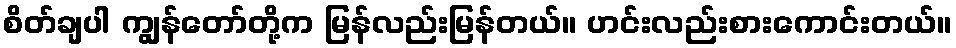
စိတ်ချပါ ကျွန်တော်တို့က မြန်လည်းမြန်တယ်။ ဟင်းလည်းစားကောင်းတယ်။